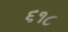
૬૧૮